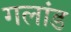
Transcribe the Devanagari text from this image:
गलांड